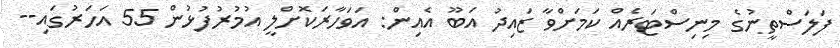
ފަލަސްތީނުގެ މިނިސްޓަރެއް ކަމަށްވާ ޒައިދު އަބޫ އެއިން: އަވަހާރަކޮށްލީ އުމުރުފުޅުން 55 އަހަރުގައި--